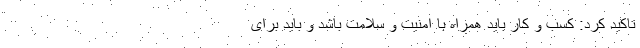
تاکید کرد: کسب و کار باید همراه با امنیت و سلامت باشد و باید برای